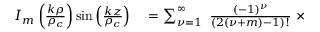
\begin{array} { r l } { I _ { m } \left( \frac { k \rho } { \rho _ { c } } \right) \sin \left( \frac { k z } { \rho _ { c } } \right) } & { { } = \sum _ { { \nu } = 1 } ^ { \infty } \ \frac { ( - 1 ) ^ { { \nu } } } { ( 2 ( { \nu } + m ) - 1 ) ! } \ \times } \end{array}